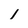
Character: 1